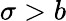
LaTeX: \sigma>b